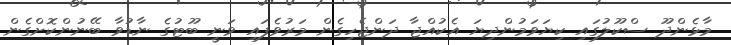
މާޅެންދޫ ސްކޫލުގައި ކިޔަވަމުންދިޔަ އެކުއްޖާ ދަންޖެހިގެން މަރުވެފައި ވަނީ ބޫޓުގެ ނާޑުވާ ބޭނުންކޮށްގެން